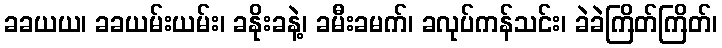
ခခယယ၊ ခခယမ်းယမ်း၊ ခနိုးခနဲ့၊ ခမီးခမက်၊ ခလုပ်ကန်သင်း၊ ခဲခဲကြိတ်ကြိတ်၊